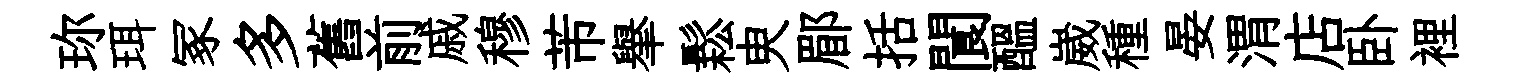
珎珥冢多舊前戚穆芾𦦙鬆㬰郿括閬醖崴種晏渭店卧裡